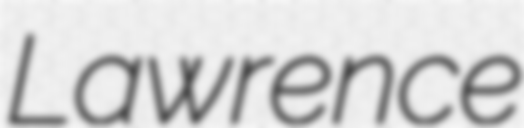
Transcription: Lawrence